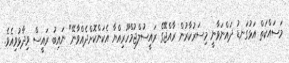
މަސައްކަތް އަޅުގަނޑު ދައްނަވާނީ މިސަރުކާރުން ރާއްޖޭގެ ރައީސުލްޖުމްހޫރިއްޔާ އެކަންކޮށްދެއްވާނޭ" ނައިބު ރައީސް ވިދާޅުވިއެވެ.